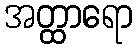
အတ္ထာရော